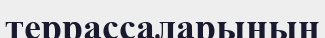
террассаларының